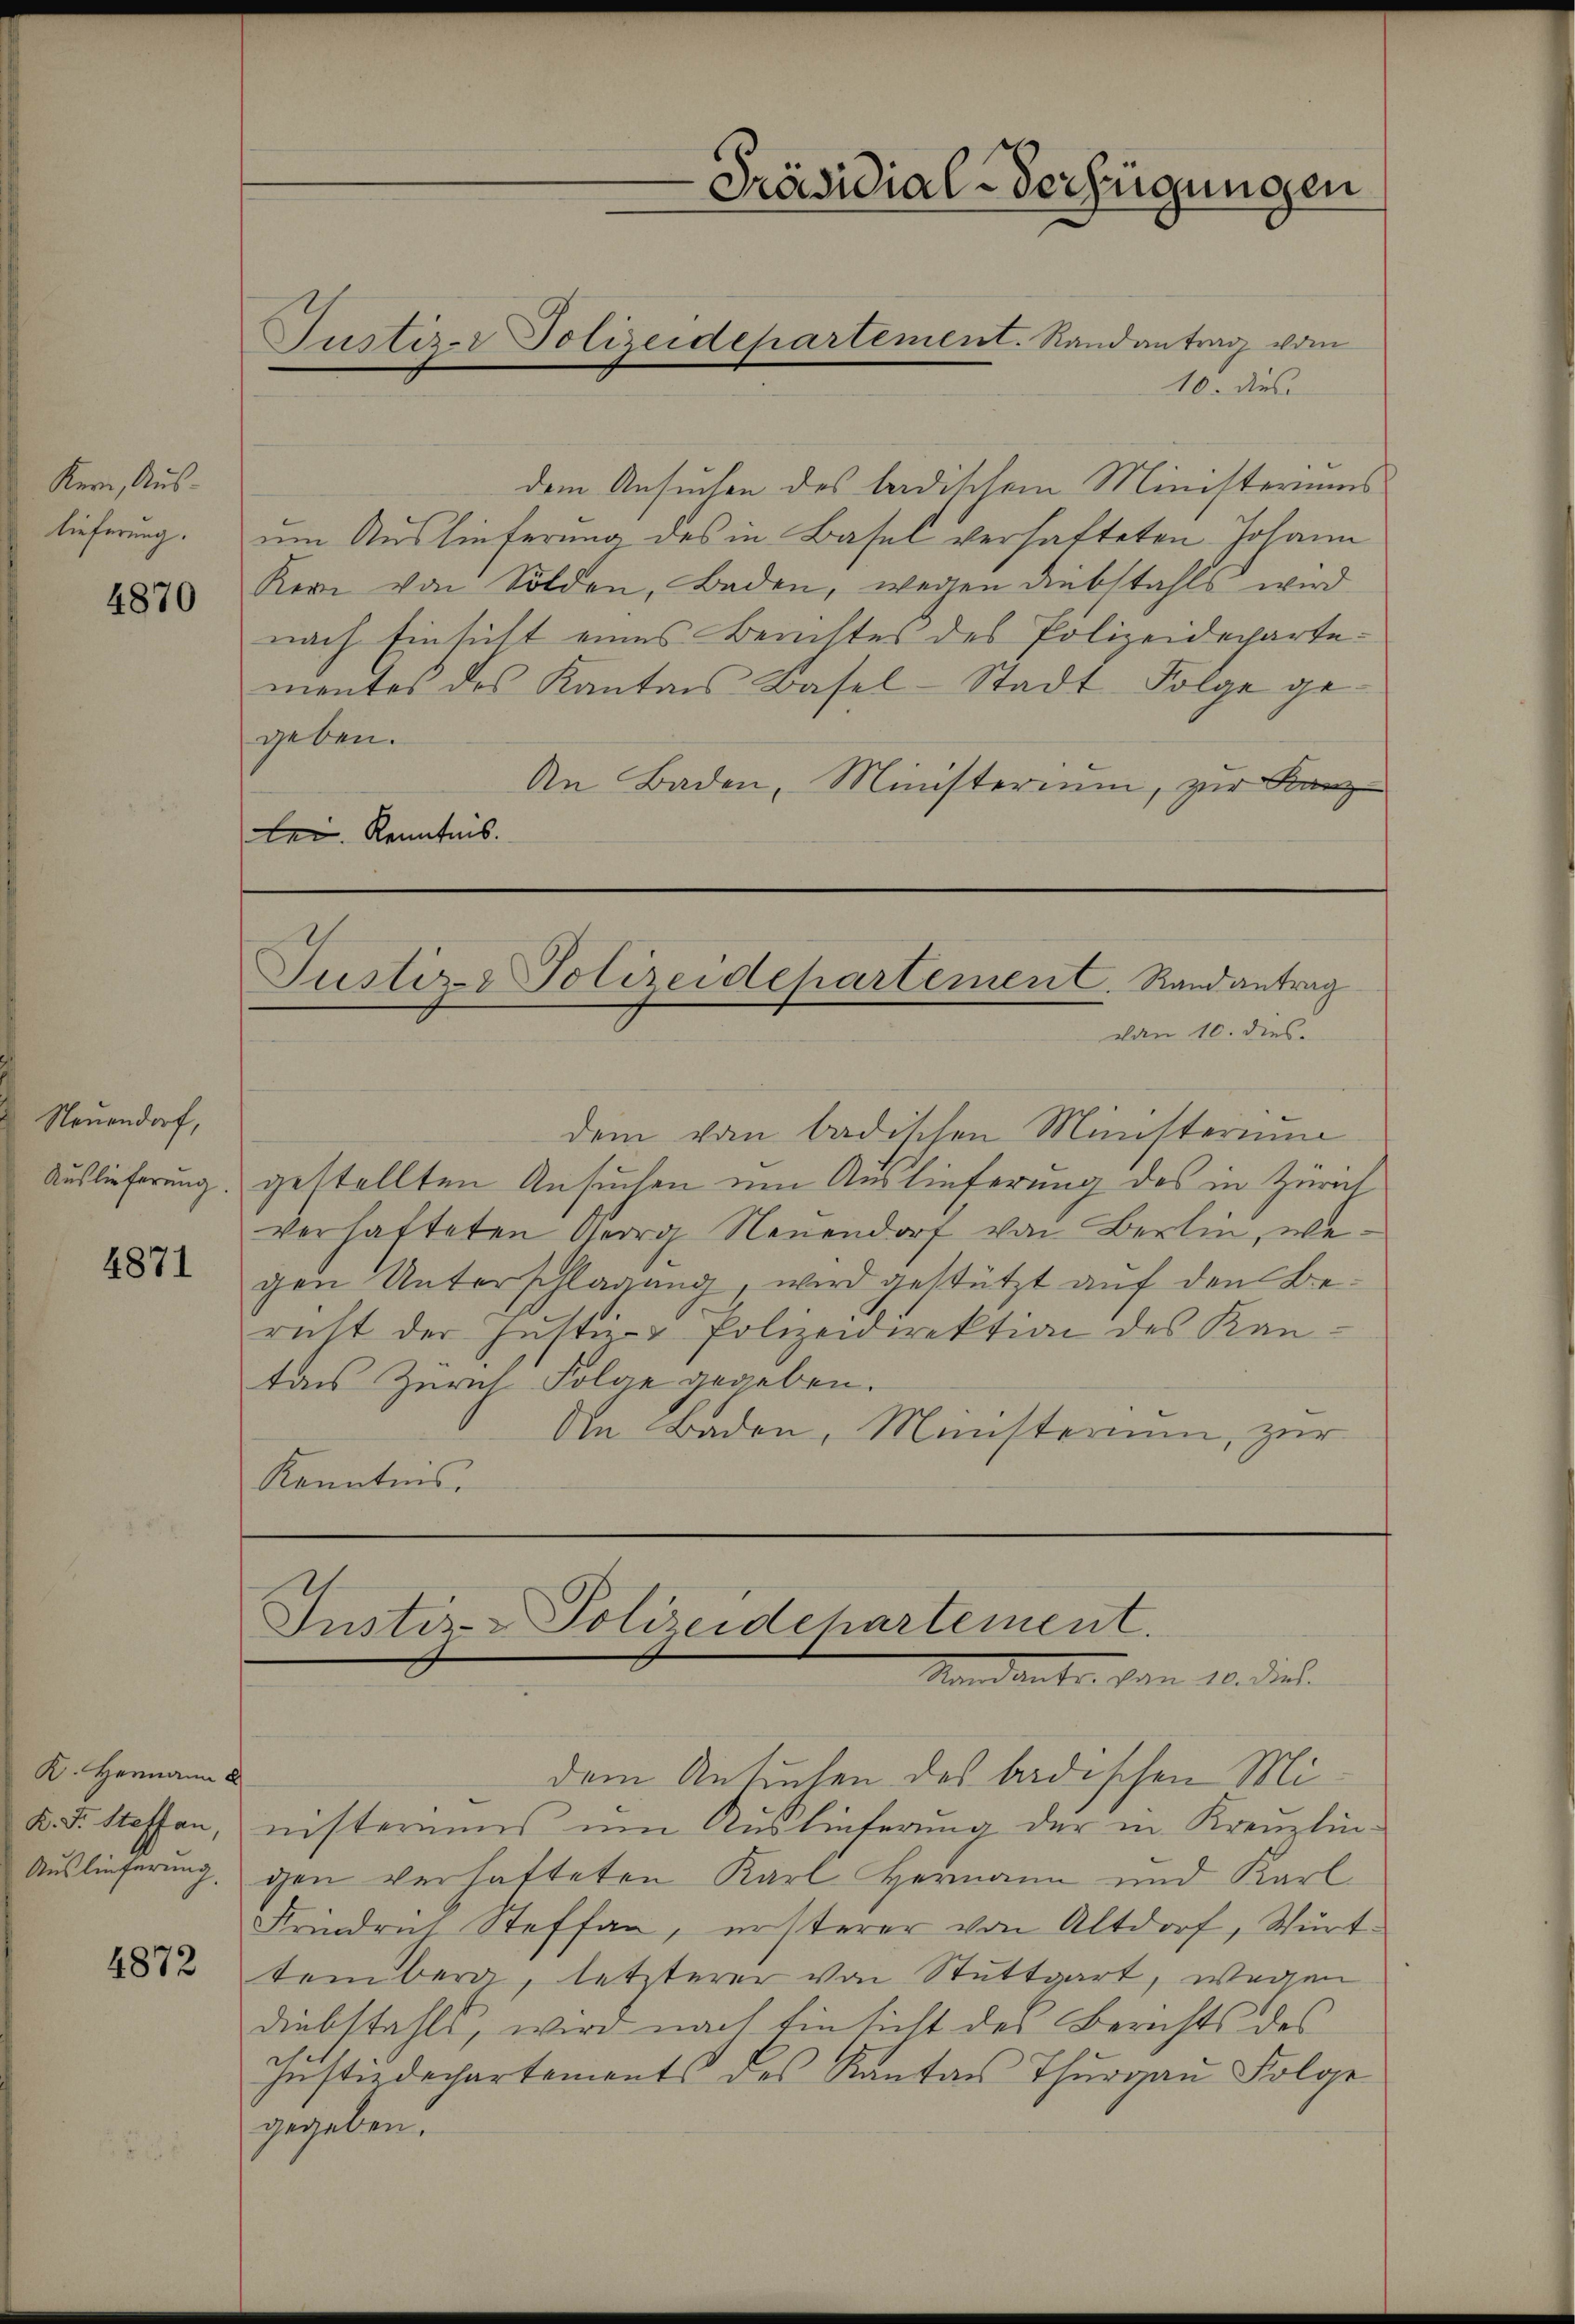
Kern, Auslieferung.

4870

Neuendorf,
Auslieferung.

4871

K. Hermann
K. J. Stoffen,
Auslieferung

4872

10. dies
dem Ansuchen des badischem Ministeriums
um Auslieferung des in Basel verhafteten Johann
Kern von Solden, Baden, wegen Diebstahls wird
nach Einsicht eines Berichtes des Polizeidechartementes des Kantons Basel-Stadt Folge gegeben.
An Baden, Ministerium, zur Kanz
Lei. Kenntnis.

Präsidial-Verfügungen

Justiz- Polizeidepartement. Randantrag vom

Justiz- & Polizeidepartemen C. Randantrag
von 10. dies

dem vom badischen Ministerium
gestellten Ansuchen um Auslieferung des in Zürich
verhafteten Georg Neuendorf von Berlin, wegen Unterschlagung, wird gestützt auf den Bericht der Justiz- & Polizeidirektion des Kantans Zürich Folge gegeben.
An Baden, Münsterium, zur
Kenntnis.

Justiz-Polizeidchartement.
Mandanter von 10. Diel.

dem Ansuchen des badischen Ministernens um Auslieferung der in Kreuzlin-
gen verhatteten Karl Hermann und Karl
Frindrat Steffan, ersterer von Altdorf, Württemberg, letzterer von Stuttgart, wegen
diebstahls, wird nach Einsicht des Berichts des
sustizdepartements des Kantons Thurgau Folge
gegeben.